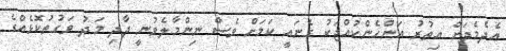
އެދެމެދަށް އިތުރު އަންހެންކުއްޖަކު ގެނައީ ކަމަށް ވެސް ނިންމާލެވުނީ ދާދި މަދު ވަގުތުކޮޅެއްގެ